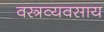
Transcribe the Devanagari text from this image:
वस्त्रव्यवसाय